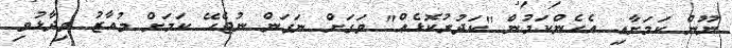
ނޫން ކަމަށާއި އެހެންކަމުން "ކަދުރުކޮޅެއް" ވަގަށް ނަގަން ނުޖެހޭ ކަމަށް މުއާޒު ވިދާޅުވި